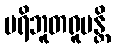
ပရိဘူတရူပန္တိ